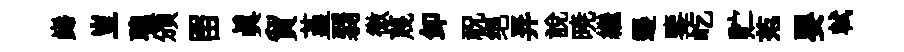
巋豈聰頒㽞眞貿堇弱徼蔑卸祝绝弄說暁繼遷鑒屹贮范嬰軾